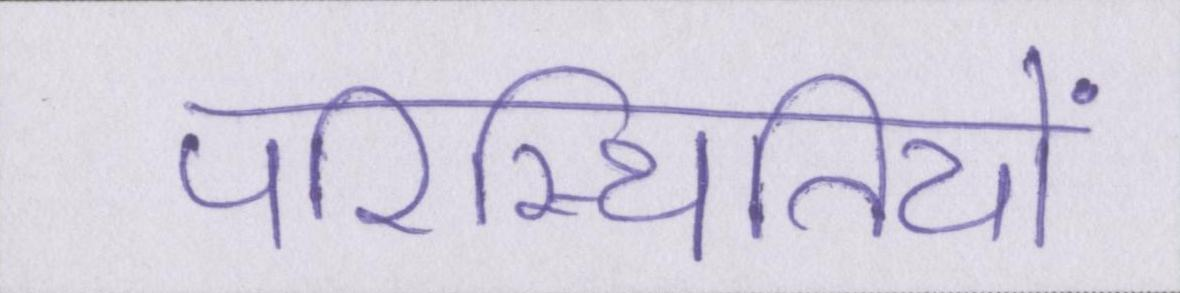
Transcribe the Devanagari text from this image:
परिस्थितियों